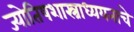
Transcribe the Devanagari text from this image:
ज्योतिषशास्त्राध्ययनाचे